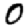
Digit: 0